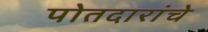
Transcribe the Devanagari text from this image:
पोतदारांचे